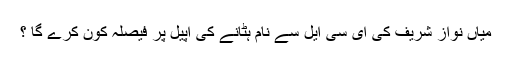
میاں نواز شریف کی ای سی ایل سے نام ہٹانے کی اپیل پر فیصلہ کون کرے گا ؟